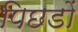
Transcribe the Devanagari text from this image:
पिछडों